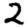
Digit: 2